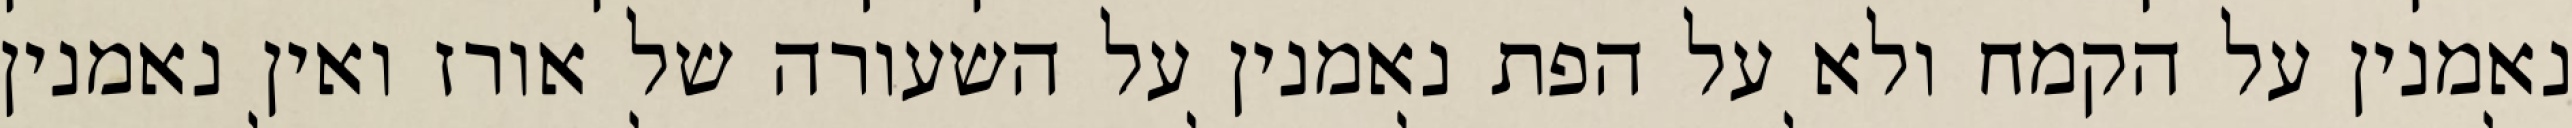
נאמנין על הקמח ולא על הפת נאמנין על השעורה של אורז ואין נאמנין